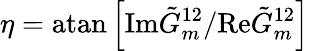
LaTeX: \eta=\textrm{atan}\left[\textrm{Im}\tilde{G}_{m}^{12}/\textrm{Re}\tilde{G}_{m}^{12}\right]